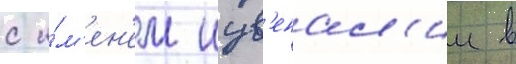
с и́м'ен'ем иув'енал'ии в